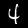
Digit: 4